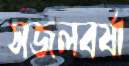
সজলবর্ষা